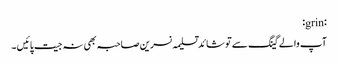
:grin:
آپ والے گینگ سے تو شائد تسلیمہ نسرین صاحبہ بھی نہ جیت پائیں ۔